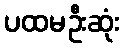
ပထမဦးဆုံး